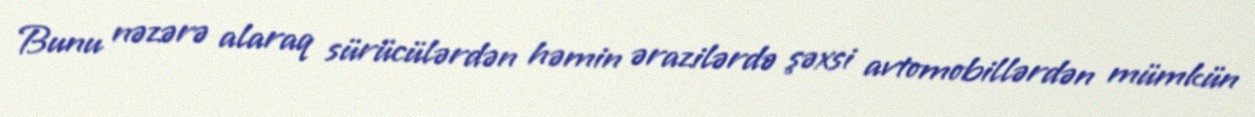
Bunu nəzərə alaraq sürücülərdən həmin ərazilərdə şəxsi avtomobillərdən mümkün